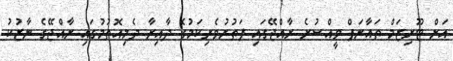
އަށް ޓޫރިޒަމް ތައާރަފް ވީއްސުރެ ރާއްޖޭގައި ފަތުރުވެރިކަމުގެ ދާއިރާ ދެމިއޮތުމުގައި ރާއްޖޭގެ ނާޒުކު